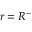
r = R ^ { - }